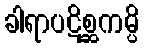
ခါရာပဋိစ္ဆကမ္ပိ